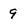
Character: 9